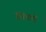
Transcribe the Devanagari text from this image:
लिकते